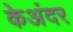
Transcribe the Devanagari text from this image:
केअंदर